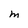
Character: M